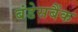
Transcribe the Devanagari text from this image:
बंडेसबैंक